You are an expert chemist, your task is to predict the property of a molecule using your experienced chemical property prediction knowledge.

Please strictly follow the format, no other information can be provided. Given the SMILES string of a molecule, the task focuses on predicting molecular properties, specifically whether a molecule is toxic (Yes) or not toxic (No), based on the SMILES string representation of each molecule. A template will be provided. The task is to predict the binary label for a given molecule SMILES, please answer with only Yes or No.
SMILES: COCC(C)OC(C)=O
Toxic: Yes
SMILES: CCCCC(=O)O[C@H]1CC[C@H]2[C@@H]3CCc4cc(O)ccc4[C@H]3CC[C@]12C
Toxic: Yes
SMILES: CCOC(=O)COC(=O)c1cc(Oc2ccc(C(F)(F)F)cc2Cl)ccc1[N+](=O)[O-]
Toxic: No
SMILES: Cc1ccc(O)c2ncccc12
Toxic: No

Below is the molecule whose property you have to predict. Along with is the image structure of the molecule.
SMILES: Cc1ccc(OP(=O)(Oc2ccc(C)cc2)Oc2ccc(C)cc2)cc1
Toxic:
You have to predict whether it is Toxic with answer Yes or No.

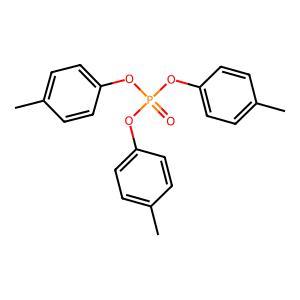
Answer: No